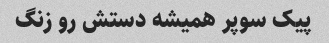
پیک سوپر همیشه دستش رو زنگ